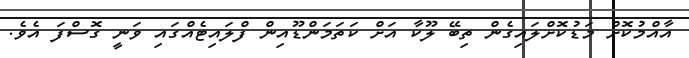
އާއްމުކޮށް މަޑުކޮށްލައިގެން ތިބޭ ލޫކާ އަށް ކަތަމަންޑޫއިން ފްލައިޓެއްގައި ވަނީ ގޮސްފަ އެވެ.